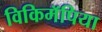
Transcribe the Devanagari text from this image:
विकिमॅपिया